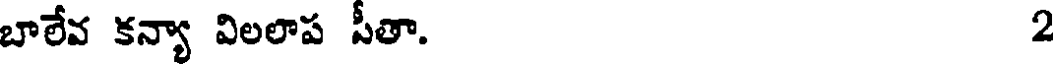
బాలేవ కన్యా విలలాప పీతా. 2